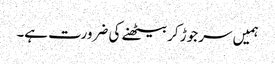
ہمیں سر جوڑ کر بیٹھنے کی ضرورت ہے۔